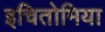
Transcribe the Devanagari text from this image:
इचितोमिया